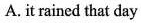
A. it rained that day